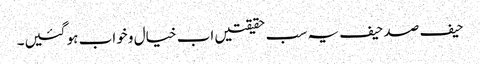
حیف صد حیف یہ سب حقیقتیں اب خیال و خواب ہو گئیں۔